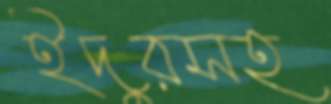
ইঁদুরসহ